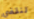
لنقضي